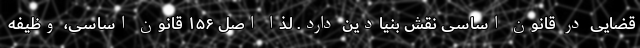
قضایی در قانون اساسی نقش بنیادین دارد. لذا اصل ۱۵۶ قانون اساسی، وظیفه